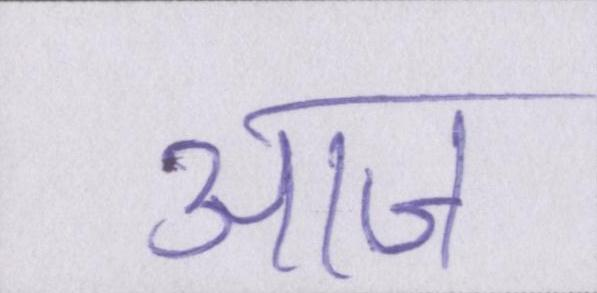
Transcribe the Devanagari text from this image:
आज